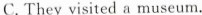
C. They visited a museum.